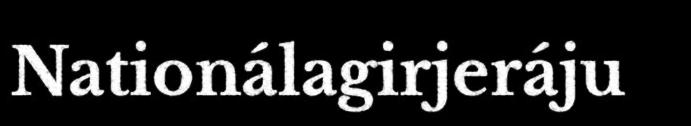
Nationálagirjeráju